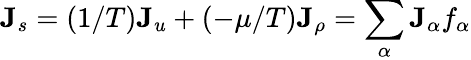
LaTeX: \mathbf{J}_{s}=(1/T)\mathbf{J}_{u}+(-\mu/T)\mathbf{J}_{\rho}=\sum_{\alpha}\mathbf{J}_{\alpha}f_{\alpha}